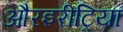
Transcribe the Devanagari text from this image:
औरइरीट्रिया